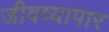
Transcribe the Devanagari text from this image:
जीवव्यापार